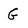
Character: G